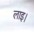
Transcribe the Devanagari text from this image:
लाइ।